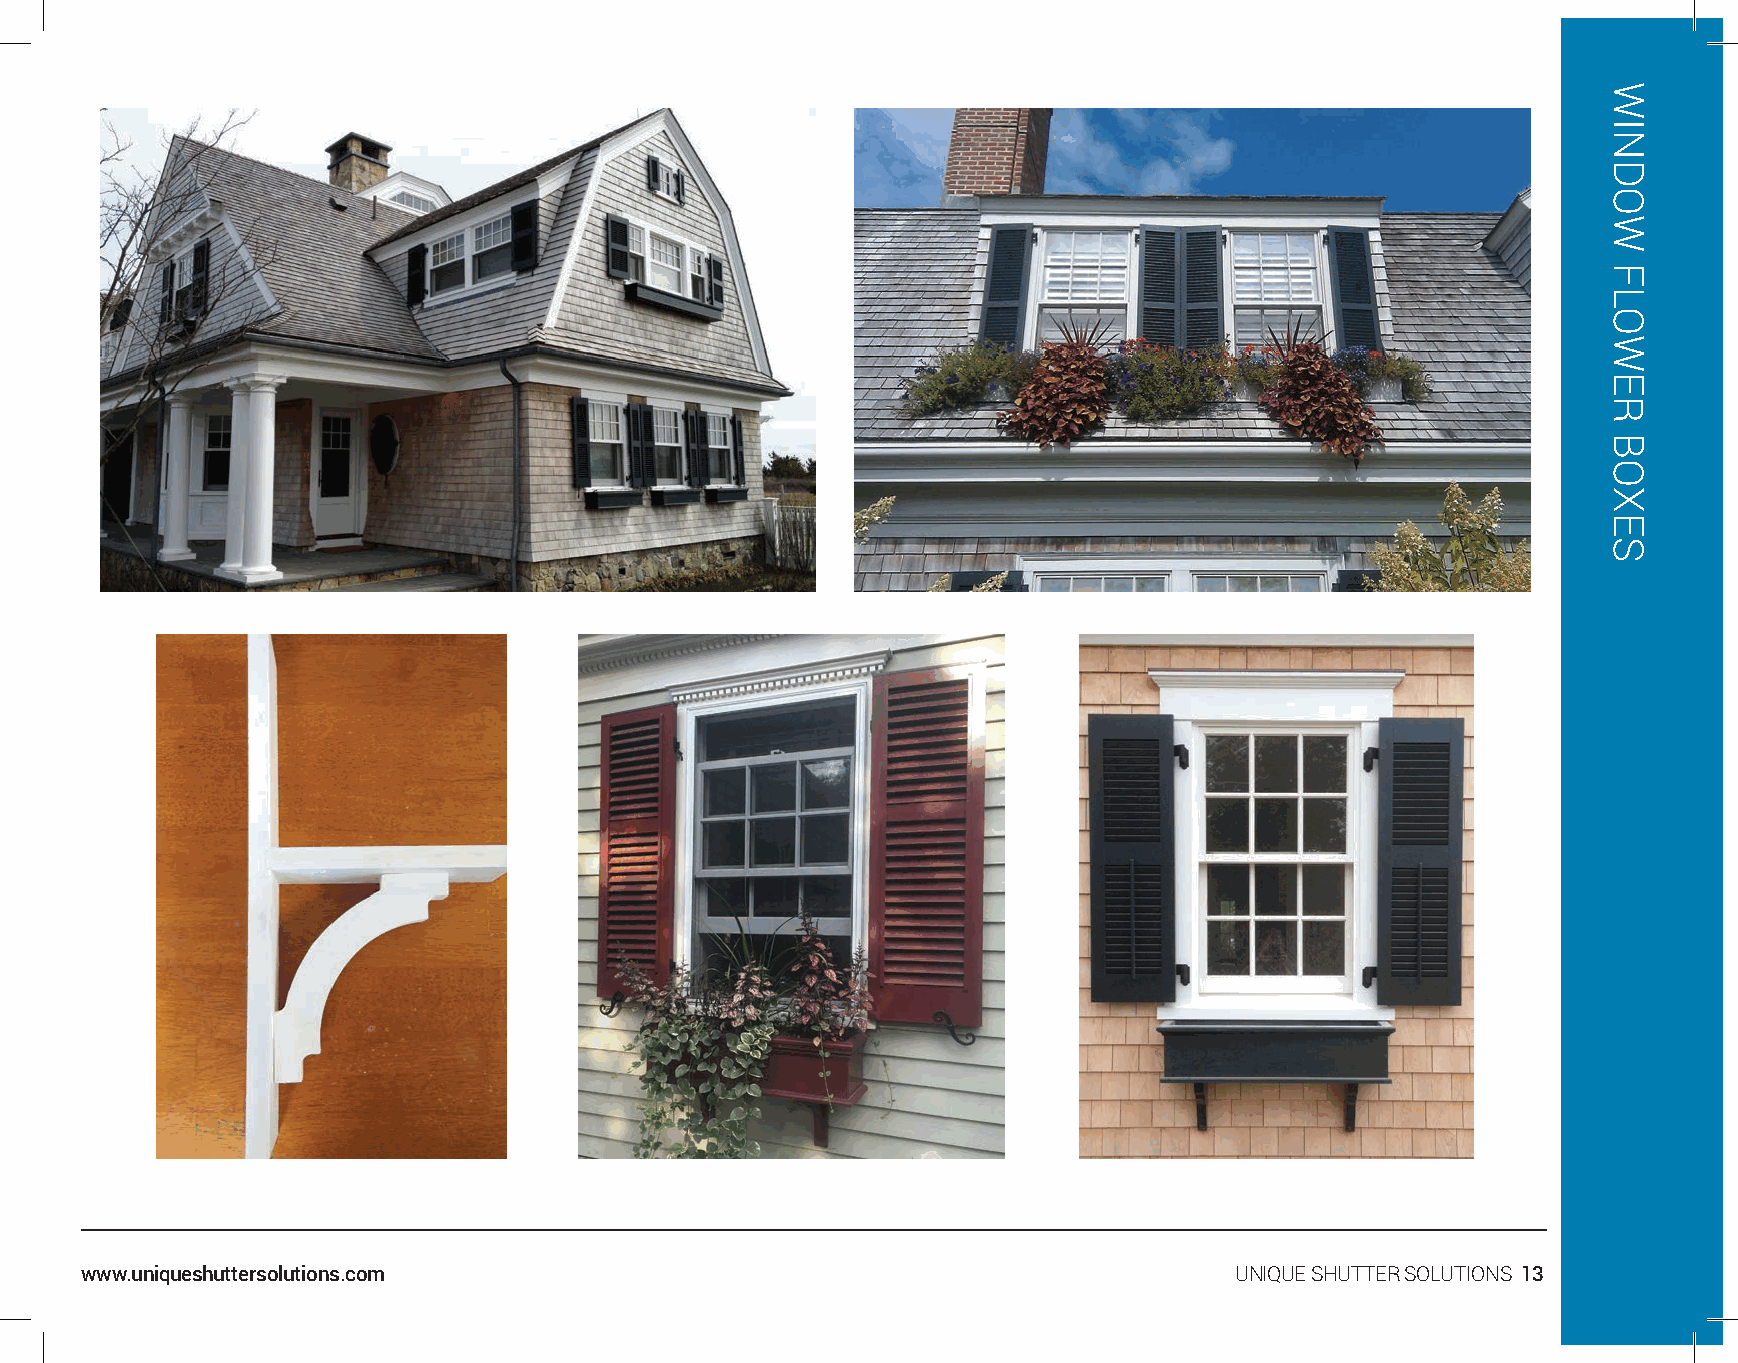
www.uniqueshuttersolutions.com                                               UNIQUE SHUTTER SOLUTIONS 13
 WINDOW
 FLOWER
 BOXES